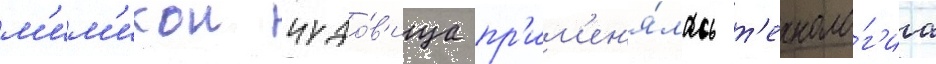
м'им'икои чудо́в'ища пр'им'ен'я́лась т'ехноло́г'иа